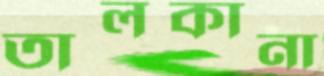
তালকানা